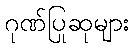
ဂုဏ်ပြုဆုများ